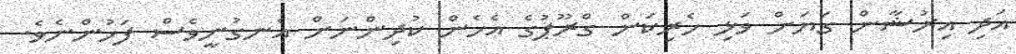
އަދި އިރުޝާން ގަޔަށް ވަޅި ހެރިކަން ގްރޫޕުގެ އެހެން ކުދިންނަށް އެނގުނީވެސް ފަހުންނެވެ.